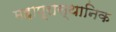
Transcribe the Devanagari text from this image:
महाप्रास्थानिक